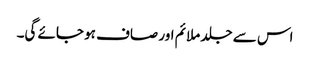
اس سے جلد ملائم اور صاف ہو جائے گی۔